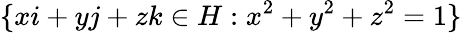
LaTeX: \lbrace xi+yj+zk\in H:x^{2}+y^{2}+z^{2}=1\rbrace